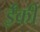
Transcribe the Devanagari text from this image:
ईँकी